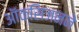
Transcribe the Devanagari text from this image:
ऑक्सिजनने